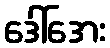
ဒေါ်အေး